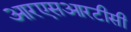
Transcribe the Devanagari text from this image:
आरएसआरटीसी